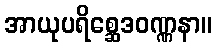
အာယုပရိစ္ဆေဒဝဏ္ဏနာ။